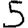
Digit: 5